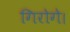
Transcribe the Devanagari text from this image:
गिरोगे।